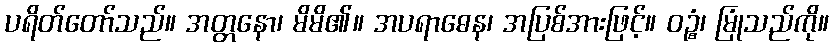
ပရိတ်တော်သည်။ အတ္တနော၊ မိမိ၏။ အပရာဓေန၊ အပြစ်အားဖြင့်။ ဝဉ္စံ၊ မြုံသည်ကို။